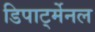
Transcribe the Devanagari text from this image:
डिपार्ट्मेनल